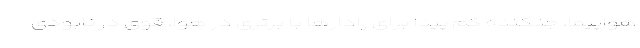
هواپیما، جنگنده کم پیدا برای رادارها با برتری در هوا، قوی در نابودی